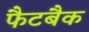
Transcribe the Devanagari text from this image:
फैटबैक